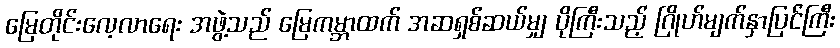
မြေတိုင်းလေ့လာရေး အဖွဲ့သည် မြေကမ္ဘာထက် အဆရှစ်ဆယ်မျှ ပိုကြီးသည့် ဂြိုဟ်မျက်နှာပြင်ကြီး